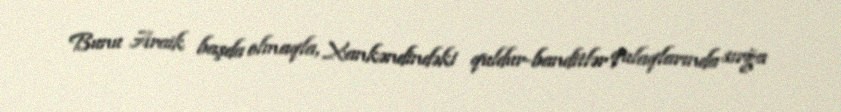
Bunu Araik başda olmaqla, Xankəndindəki quldur-banditlər qulaqlarında sırğa